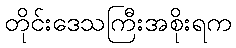
တိုင်းဒေသကြီးအစိုးရက